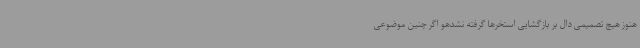
هنوز هیچ تصمیمی دال بر بازگشایی استخرها گرفته نشدهو اگر چنین موضوعی